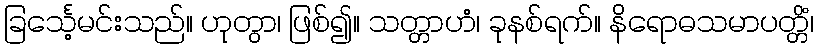
ခြင်္သေ့မင်းသည်။ ဟုတွာ၊ ဖြစ်၍။ သတ္တာဟံ၊ ခုနစ်ရက်။ နိရောဓသမာပတ္တိံ၊